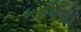
કોષિય